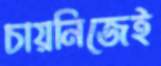
চায়নিজেই